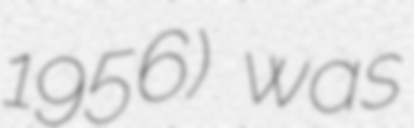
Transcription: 1956) was